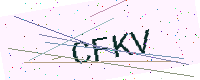
Text: CFKV